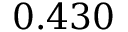
0 . 4 3 0